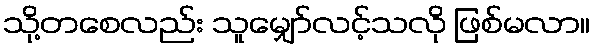
သို့တစေလည်း သူမျှော်လင့်သလို ဖြစ်မလာ။